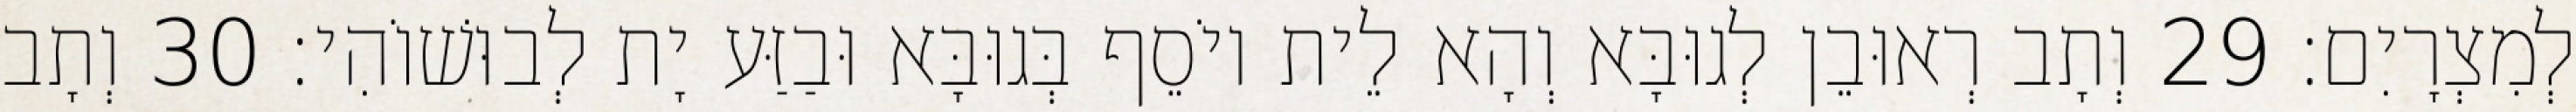
לְמִצְרָיִם׃ 29 וְתָב רְאוּבֵן לְגוּבָּא וְהָא לֵית יוֹסֵף בְּגוּבָּא וּבַזַּע יָת לְבוּשׁוֹהִי׃ 30 וְתָב